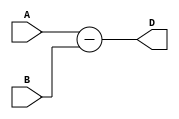
//4-bit Subtractor
module subtractor(
    input [3:0] A,
    input [3:0] B,
    output [3:0] D
);

assign D = A - B;
endmodule